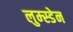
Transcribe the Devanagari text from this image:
लुम्स्डेन